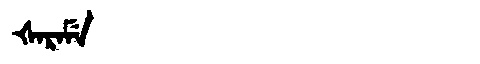
Manchu: ᡧᠠᡵᠠᠮᡝ
Romanization: ŠARAME